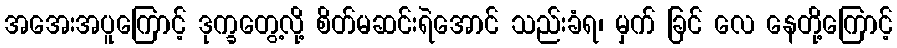
အအေးအပူကြောင့် ဒုက္ခတွေ့လို့ စိတ်မဆင်းရဲအောင် သည်းခံရ၊ မှက် ခြင် လေ နေတို့ကြောင့်